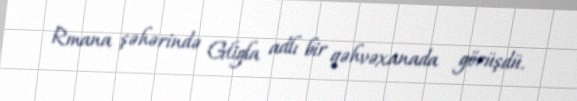
Rmana şəhərində Gligla adlı bir qəhvəxanada görüşdü.